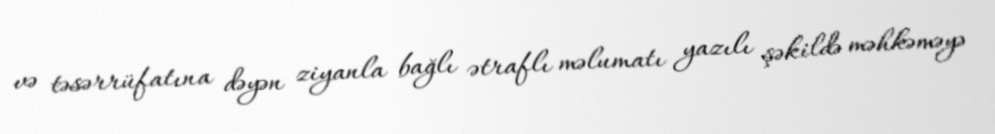
və təsərrüfatına dəyən ziyanla bağlı ətraflı məlumatı yazılı şəkildə məhkəməyə